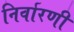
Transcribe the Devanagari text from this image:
निर्वारणी